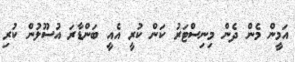
އަމީން މެން ދެން މިނިސްޓަރު ކަން ކުރީ އެއީ ބަންޑާރަ އުސޫލުން ކުރި